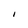
Character: I